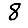
Digit: 8